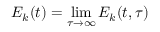
E _ { k } ( t ) = \operatorname* { l i m } _ { \tau \rightarrow \infty } E _ { k } ( t , \tau )